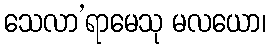
သေလာ’ရာမေသု မလယော၊